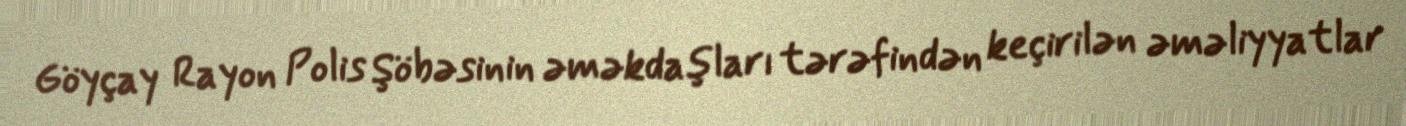
Göyçay Rayon Polis Şöbəsinin əməkdaşları tərəfindən keçirilən əməliyyatlar